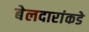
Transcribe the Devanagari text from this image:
बेलदारांकडे